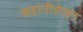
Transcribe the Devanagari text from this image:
कहानीलेखन